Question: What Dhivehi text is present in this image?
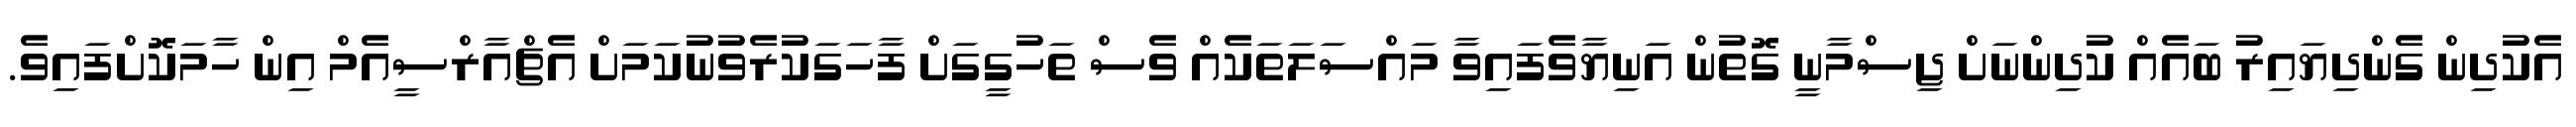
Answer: އެކުދިން ގެންދިޔައިރު ބައެއް ކުދިންނަށް ޖިސްމާނީ ގޮތުން އަނިޔާވެފައިވާ މައްސަލަތަކެއް ވެސް ތަހުގީގަށް ފާހަގަކުރެވުނުކަމަށް އެޗްއާރްސީއެމް އިން ހާމަކޮށްފައިވެ.